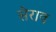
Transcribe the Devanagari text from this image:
सेराव